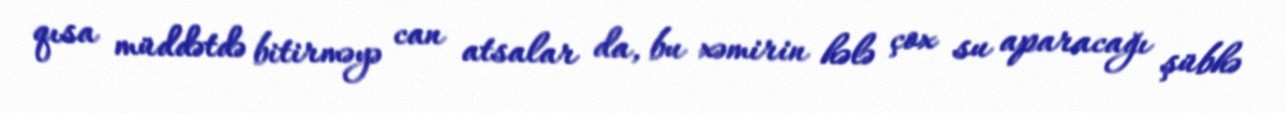
qısa müddətdə bitirməyə can atsalar da, bu xəmirin hələ çox su aparacağı şübhə